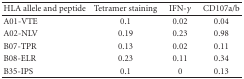
<table><thead><tr><td><b>HLA allele and peptide</b></td><td><b>Tetramer staining</b></td><td><b>IFN-<i>γ</i></b></td><td><b>CD107a/b</b></td></tr></thead><tbody><tr><td>A01-VTE</td><td>0.1</td><td>0.02</td><td>0.04</td></tr><tr><td>A02-NLV</td><td>0.19</td><td>0.23</td><td>0.98</td></tr><tr><td>B07-TPR</td><td>0.13</td><td>0.02</td><td>0.11</td></tr><tr><td>B08-ELR</td><td>0.23</td><td>0.11</td><td>0.34</td></tr><tr><td>B35-IPS</td><td>0.1</td><td>0</td><td>0.13</td></tr></tbody></table>